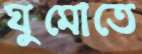
ঘুমোতে